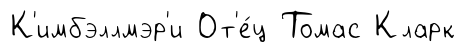
К'имбэллмэр'и От'е́ц Томас Кларк